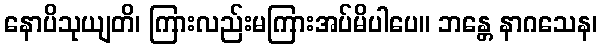
နောပိသုယျတိ၊ ကြားလည်းမကြားအပ်မိပါပေ။ ဘန္တေ နာဂသေန၊